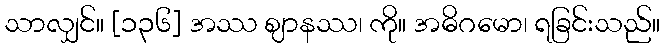
သာလျှင်။ [၁၃၆] အဿ ဈာနဿ၊ ကို။ အဓိဂမော၊ ရခြင်းသည်။